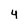
Character: 4